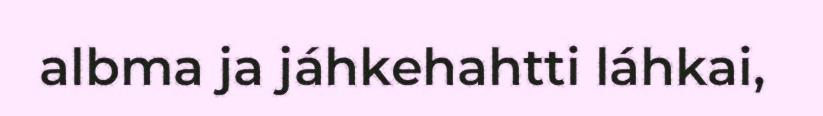
albma ja jáhkehahtti láhkai,